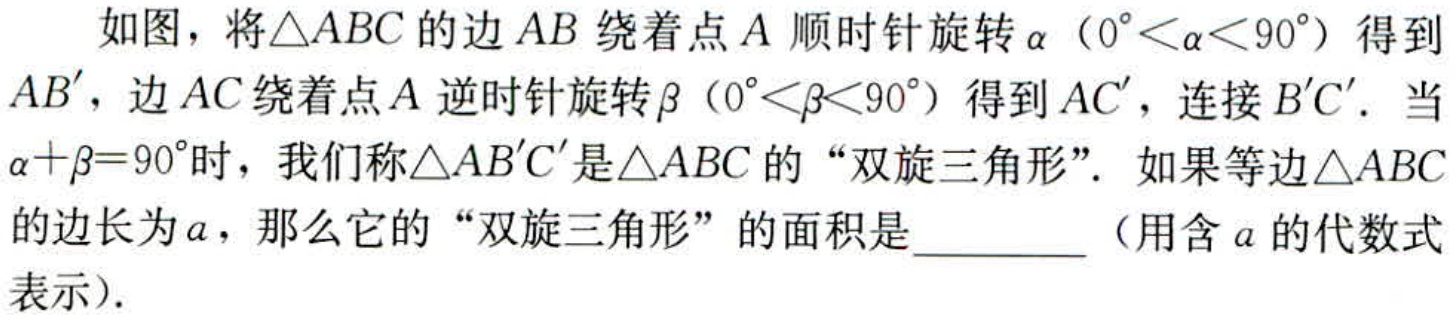
如图，将\(\triangle ABC\)的边\(AB\)绕着点\(A\)顺时针旋转\(\alpha\)（\(0^{\circ}<\alpha<90^{\circ}\)）得到\(AB'\)，边\(AC\)绕着点\(A\)逆时针旋转\(\beta\)（\(0^{\circ}<\beta<90^{\circ}\)）得到\(AC'\)，连接\(B'C'\)。当\(\alpha +\beta = 90^{\circ}\)时，我们称\(\triangle AB'C'\)是\(\triangle ABC\)的“双旋三角形”。如果等边\(\triangle ABC\)的边长为\(a\)，那么它的“双旋三角形”的面积是  （用含\(a\)的代数式表示）。